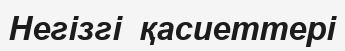
Негізгі  қасиеттері